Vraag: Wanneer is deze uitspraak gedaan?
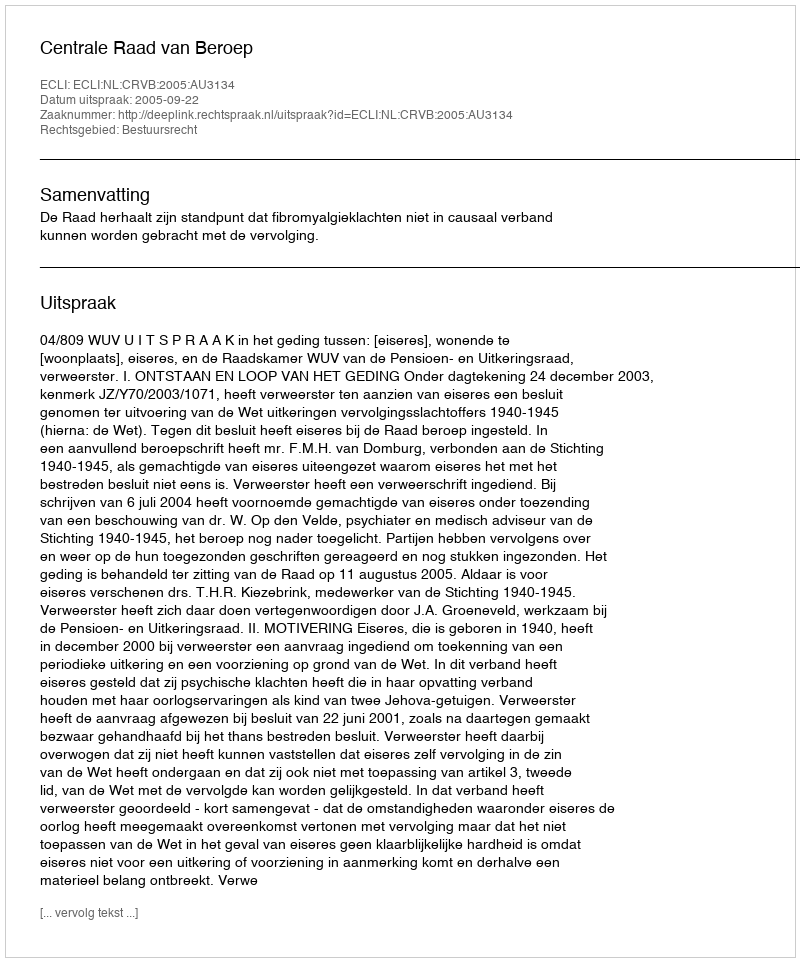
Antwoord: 2005-09-22